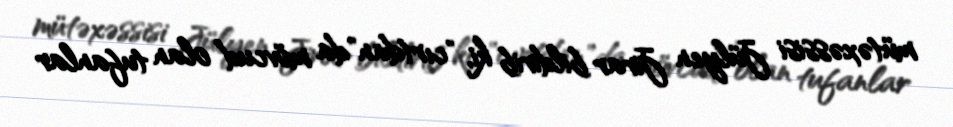
mütəxəssisi Jülyen Jirar bildirib ki, "cırtdan"da mövcud olan tufanlar